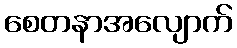
စေတနာအလျောက်